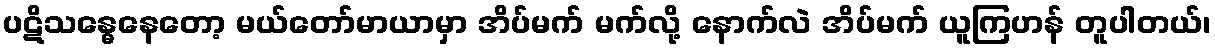
ပဋိသန္ဓေနေတော့ မယ်တော်မာယာမှာ အိပ်မက် မက်လို့ နောက်လဲ အိပ်မက် ယူကြဟန် တူပါတယ်၊